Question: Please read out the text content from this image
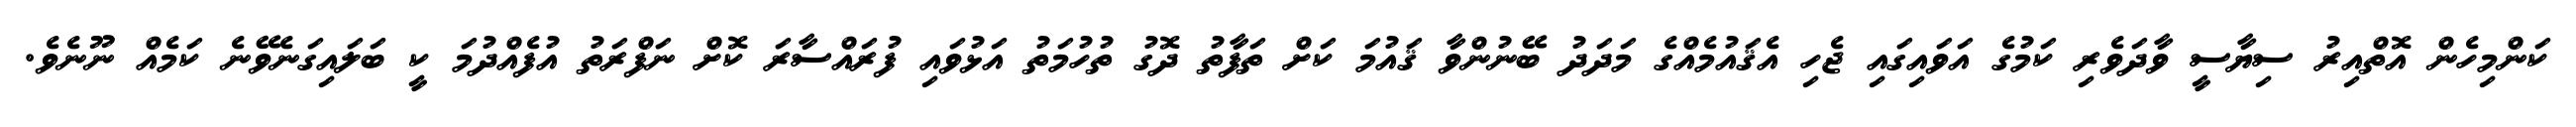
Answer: ކަންމިހެން އޮތްއިރު ސިޔާސީ ވާދަވެރި ކަމުގެ އަވައިގައި ޖެހި އެޤައުމެއްގެ މަދަދު ބޭނުންވާ ޤައުމަ ކަށް ތަފާތު ދޮގު ތުހުމަތު އަޅުވައި ފުރައްސާރަ ކޮށް ނަފްރަތު އުފެއްދުމަ ކީ ބަލައިގަނެވޭނެ ކަމެއް ނޫނެވެ.